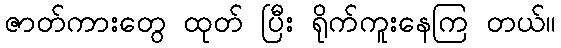
ဇာတ်ကားတွေ ထုတ် ပြီး ရိုက်ကူးနေကြ တယ်။